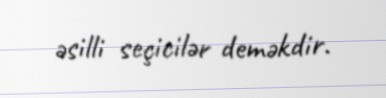
əsilli seçicilər deməkdir.